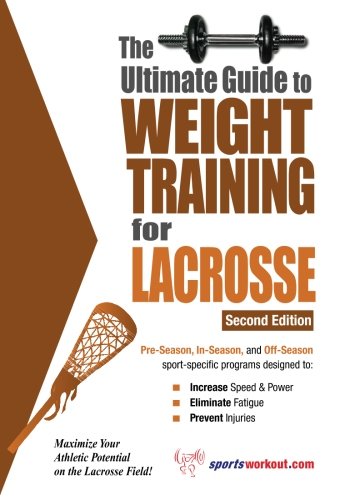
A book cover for Ultimate Guide to Weight Training for Lacrosse (Ultimate Guide to Weight Training: Lacrosse); Rob Price; Sports & Outdoors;